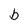
Character: b